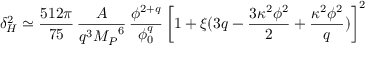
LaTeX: \delta _ { H } ^ { 2 } \simeq \frac { 5 1 2 \pi } { 7 5 } \, \frac { A } { q ^ { 3 } { M _ { P } } ^ { 6 } } \, \frac { \phi ^ { 2 + q } } { \phi _ { 0 } ^ { q } } \left[ 1 + \xi ( 3 q - \frac { 3 \kappa ^ { 2 } \phi ^ { 2 } } { 2 } + \frac { \kappa ^ { 2 } \phi ^ { 2 } } { q } ) \right] ^ { 2 }